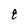
Character: 8